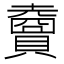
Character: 𧸇